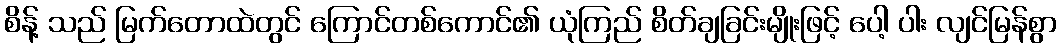
စိန့် သည် မြက်တောထဲတွင် ကြောင်တစ်ကောင်၏ ယုံကြည် စိတ်ချခြင်းမျိုးဖြင့် ပေါ့ ပါး လျင်မြန်စွာ